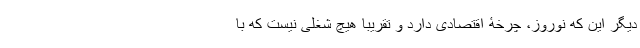
دیگر این که نوروز، چرخۀ اقتصادی دارد و تقریبا هیچ شغلی نیست که با